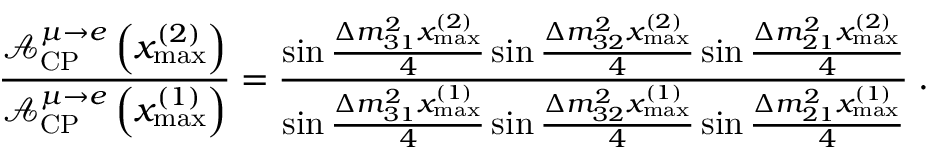
\frac { \mathcal { A } _ { \mathrm { C P } } ^ { \mu \rightarrow e } \left( x _ { \mathrm { m a x } } ^ { ( 2 ) } \right) } { \mathcal { A } _ { \mathrm { C P } } ^ { \mu \rightarrow e } \left( x _ { \mathrm { m a x } } ^ { ( 1 ) } \right) } = \frac { \sin \frac { \Delta m _ { 3 1 } ^ { 2 } x _ { \mathrm { m a x } } ^ { ( 2 ) } } { 4 } \sin \frac { \Delta m _ { 3 2 } ^ { 2 } x _ { \mathrm { m a x } } ^ { ( 2 ) } } { 4 } \sin \frac { \Delta m _ { 2 1 } ^ { 2 } x _ { \mathrm { m a x } } ^ { ( 2 ) } } { 4 } } { \sin \frac { \Delta m _ { 3 1 } ^ { 2 } x _ { \mathrm { m a x } } ^ { ( 1 ) } } { 4 } \sin \frac { \Delta m _ { 3 2 } ^ { 2 } x _ { \mathrm { m a x } } ^ { ( 1 ) } } { 4 } \sin \frac { \Delta m _ { 2 1 } ^ { 2 } x _ { \mathrm { m a x } } ^ { ( 1 ) } } { 4 } } \; .